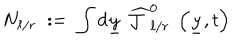
N _ { \ell / r } \; : = \; \int d \underline { { { y } } } ~ \widehat { { \mathcal J } } _ { \ell / r } ^ { 0 } \; \left( \underline { { { y } } } , t \right)